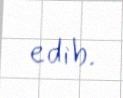
edib.